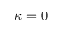
\kappa = 0